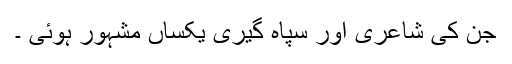
جن کی شاعری اور سپاہ گیری یکساں مشہور ہوئی ۔